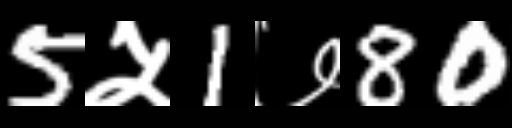
Text: 5५1७80